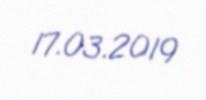
17.03.2019